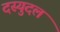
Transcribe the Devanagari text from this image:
दस्युदल